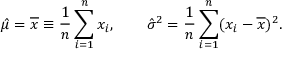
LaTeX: { \hat { \mu } } = { \overline { { x } } } \equiv { \frac { 1 } { n } } \sum _ { i = 1 } ^ { n } x _ { i } , \qquad { \hat { \sigma } } ^ { 2 } = { \frac { 1 } { n } } \sum _ { i = 1 } ^ { n } ( x _ { i } - { \overline { { x } } } ) ^ { 2 } .